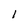
Character: I